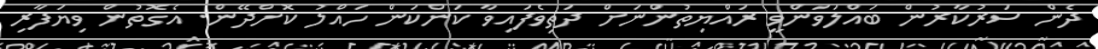
ދެން ސަރުކާރުން ބައްލަވަންވީ ރައްޔިތުންނަށް ދަތިވެފައިވާ ކަންކަން ހައްލު ކޮށްދޭން. އެގޮތުން ވިޔަފާރި